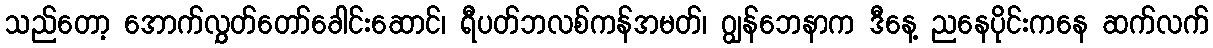
သည်တော့ အောက်လွှတ်တော်ခေါင်းဆောင်၊ ရီပတ်ဘလစ်ကန်အမတ်၊ ဂျွန်ဘေနာက ဒီနေ့ ညနေပိုင်းကနေ ဆက်လက်